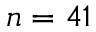
n = 4 1